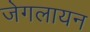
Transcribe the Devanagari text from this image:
जेगलायन